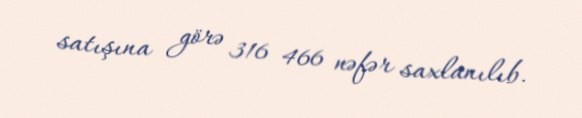
satışına görə 316 466 nəfər saxlanılıb.